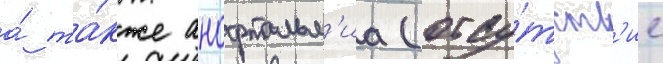
а́ та́кже анофтальм'иа (отсу́тств'ие